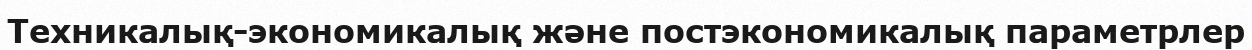
Техникалық-экономикалық және постэкономикалық параметрлер